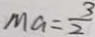
M a = \frac { 3 } { 2 }